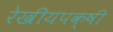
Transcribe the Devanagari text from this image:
रेखीयपक्षी